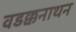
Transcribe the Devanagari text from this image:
वडक्कनाथन